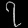
Digit: ၇